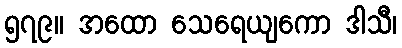
၅၇၉။ အထော သေရေယျကော ဒါသီ၊